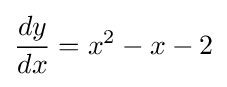
{\frac {dy}{dx}}=x^{2}-x-2